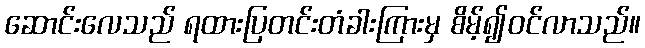
ဆောင်းလေသည် ရထားပြတင်းတံခါးကြားမှ စိမ့်၍ဝင်လာသည်။